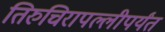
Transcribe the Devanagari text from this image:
तिरुचिरापल्लीपर्यंत